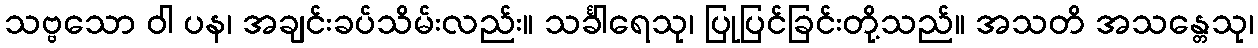
သဗ္ဗသော ဝါ ပန၊ အချင်းခပ်သိမ်းလည်း။ သင်္ခါရေသု၊ ပြုပြင်ခြင်းတို့သည်။ အသတိ အသန္တေသု၊